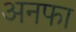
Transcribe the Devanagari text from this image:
अनफा